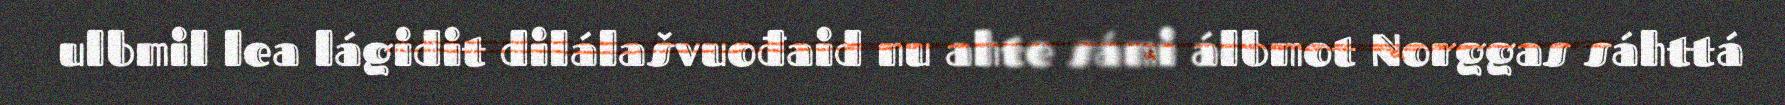
ulbmil lea lágidit dilálašvuođaid nu ahte sámi álbmot Norggas sáhttá